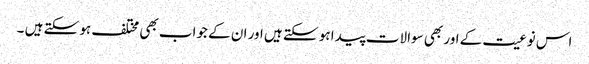
اس نوعیت کے اور بھی سوالات پیدا ہو سکتے ہیں اور ان کے جواب بھی مختلف ہو سکتے ہیں ۔